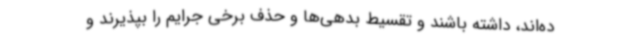
ده‌اند، داشته باشند و تقسیط بدهی‌ها و حذف برخی جرایم را بپذیرند و